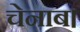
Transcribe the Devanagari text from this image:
चेनाब।